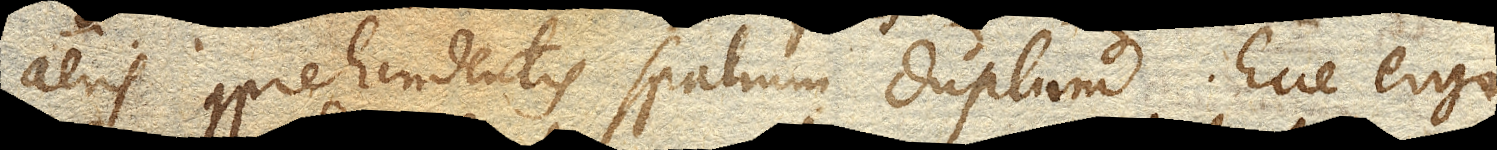
aeris comprehendentis spatium duplum. Ecce ergo